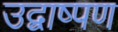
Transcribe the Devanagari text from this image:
उद्वाष्पण